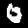
Digit: 0